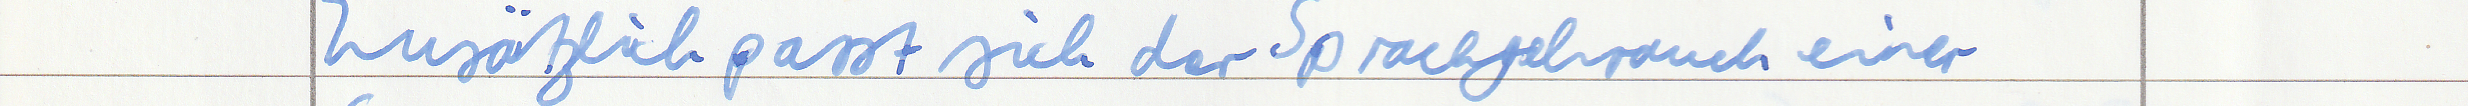
Zusätzlich passt sich der Sprachgebrauch einer